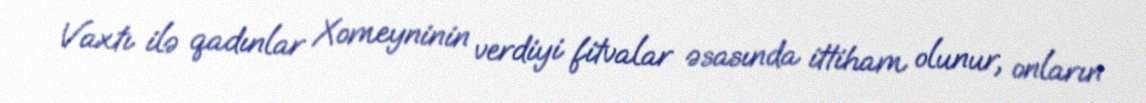
Vaxtı ilə qadınlar Xomeyninin verdiyi fitvalar əsasında ittiham olunur, onların